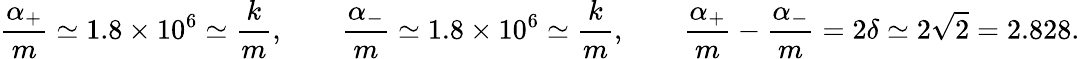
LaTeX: \frac{\alpha_{+}}{m}\simeq 1.8\times 10^{6}\simeq\frac{k}{m},\qquad\frac{\alpha_{-}}{m}\simeq 1.8\times 10^{6}\simeq\frac{k}{m},\qquad\frac{\alpha_{+}}{m}-\frac{\alpha_{-}}{m}=2\delta\simeq 2\sqrt{2}=2.828.